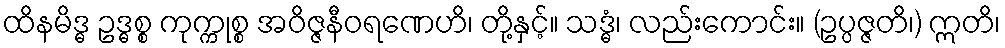
ထိနမိဒ္ဓ ဥဒ္ဓစ္စ ကုက္ကုစ္စ အဝိဇ္ဇနီဝရဏေဟိ၊ တို့နှင့်။ သဒ္ဓံ၊ လည်းကောင်း။ (ဥပ္ပဇ္ဇတိ၊) ဣတိ၊